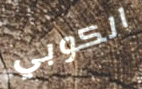
الكوبي